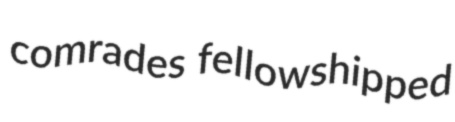
comrades fellowshipped